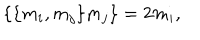
\lbrace \lbrace m _ { i } , m _ { j } \rbrace m _ { j } \rbrace = 2 m _ { i } ,